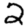
Digit: 2